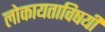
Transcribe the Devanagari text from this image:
लोकायताविषयी